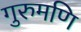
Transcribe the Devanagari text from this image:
गुरुमणि